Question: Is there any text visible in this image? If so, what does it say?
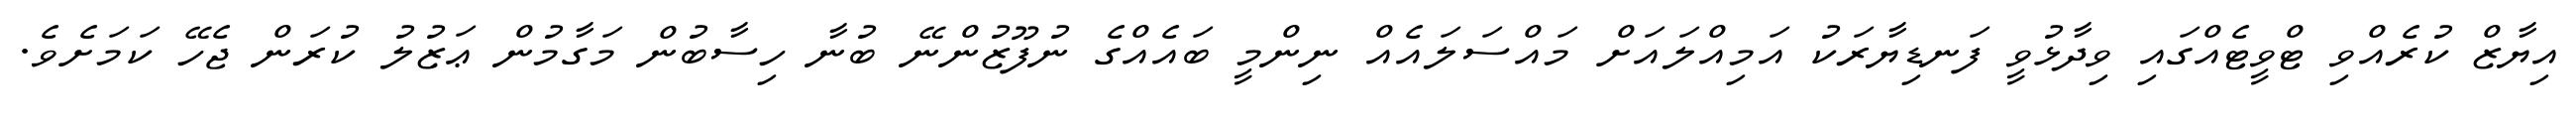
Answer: އިޔާޒް ކުރެއްވި ޓްވީޓެއްގައި ވިދާޅުވީ ފަނޑިޔާރަކު އަމިއްލައަށް މައްސަލައެއް ނިންމީ ބައެއްގެ ނުފޫޒުންނޭ ބުނާ ހިސާބުން މަގާމުން ޢަޒުލު ކުރަން ޖެހޭ ކަމަށެވެ.